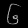
Digit: ၆